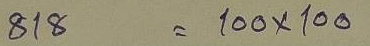
818 = 100 x 100